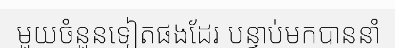
មួយចំនួនទៀតផងដែរ បន្ទាប់មកបាននាំ